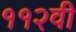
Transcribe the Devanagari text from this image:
११२वी